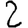
Digit: 2